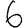
Digit: 6